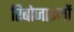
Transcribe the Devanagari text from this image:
रिबोजाइमों